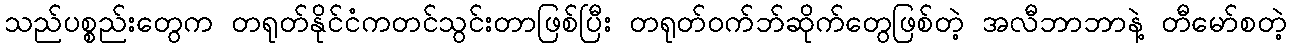
သည်ပစ္စည်းတွေက တရုတ်နိုင်ငံကတင်သွင်းတာဖြစ်ပြီး တရုတ်ဝက်ဘ်ဆိုက်တွေဖြစ်တဲ့ အလီဘာဘာနဲ့ တီမော်စတဲ့